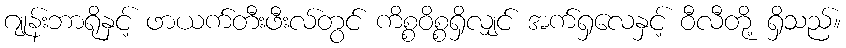
ဂျုန်းဘာရိုနှင့် ဖာယက်တီးဖီးလ်တွင် ကိစ္စဝိစ္စရှိလျှင် အက်ရှလေနှင့် ဝီလီတို့ ရှိသည်။